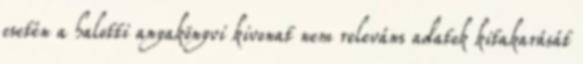
esetén a halotti anyakönyvi kivonat nem releváns adatok kitakarását